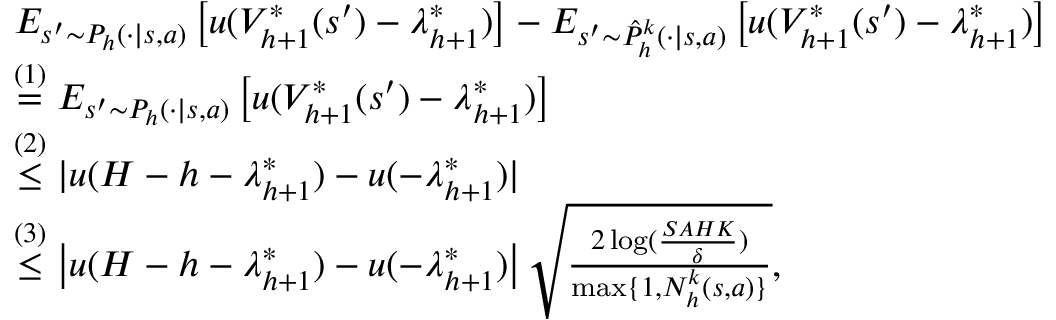
\begin{array} { r l } & { E _ { s ^ { \prime } \sim P _ { h } ( \cdot \vert s , a ) } \left[ u ( V _ { h + 1 } ^ { * } ( s ^ { \prime } ) - \lambda _ { h + 1 } ^ { * } ) \right] - E _ { s ^ { \prime } \sim \hat { P } _ { h } ^ { k } ( \cdot \vert s , a ) } \left[ u ( V _ { h + 1 } ^ { * } ( s ^ { \prime } ) - \lambda _ { h + 1 } ^ { * } ) \right] } \\ & { \overset { ( 1 ) } { = } E _ { s ^ { \prime } \sim P _ { h } ( \cdot \vert s , a ) } \left[ u ( V _ { h + 1 } ^ { * } ( s ^ { \prime } ) - \lambda _ { h + 1 } ^ { * } ) \right] } \\ & { \overset { ( 2 ) } { \leq } \vert u ( H - h - \lambda _ { h + 1 } ^ { * } ) - u ( - \lambda _ { h + 1 } ^ { * } ) \vert } \\ & { \overset { ( 3 ) } { \leq } \left\vert u ( H - h - \lambda _ { h + 1 } ^ { * } ) - u ( - \lambda _ { h + 1 } ^ { * } ) \right\vert \sqrt { \frac { 2 \log ( \frac { S A H K } { \delta } ) } { \operatorname* { m a x } \{ 1 , N _ { h } ^ { k } ( s , a ) \} } } , } \end{array}